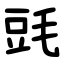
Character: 毭